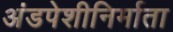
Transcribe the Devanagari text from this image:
अंडपेशीनिर्माता